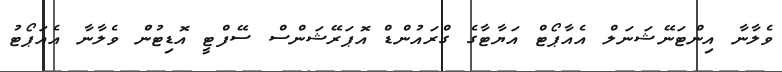
ވެލާނާ އިންޓަނޭޝަނަލް އެއާޕޯޓް އަޔާޓާގެ ގްރައުންޑް އޮޕަރޭޝަންސް ސޭފްޓީ އޮޑިޓުންު ވެލާނާ އެއަޕޯޓު